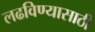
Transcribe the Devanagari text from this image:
लढविण्यासाठी